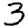
Digit: 3